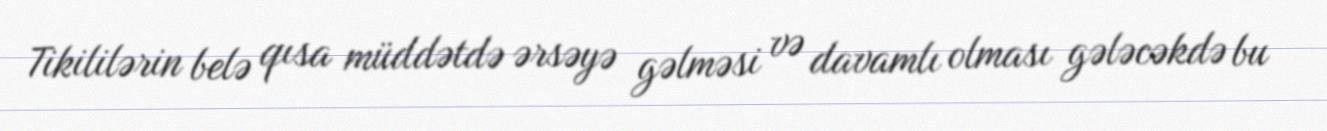
Tikililərin belə qısa müddətdə ərsəyə gəlməsi və davamlı olması gələcəkdə bu